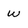
Character: w